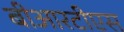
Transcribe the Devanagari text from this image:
बीआरटीएस